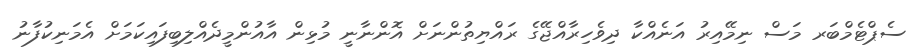
ސެޕްޓެމްބަރ މަސް ނިމޭއިރު އަނެއްކާ ދިވެހިރާއްޖޭގެ ރައްޔިތުންނަށް އޮންނާނީ މުޅިން އާއުންމީދެއްލިބިފައިކަމަށް އެމަނިކުފާނު